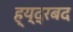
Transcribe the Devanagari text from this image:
ह्य्द्रबद